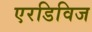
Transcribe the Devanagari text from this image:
एरडिविज